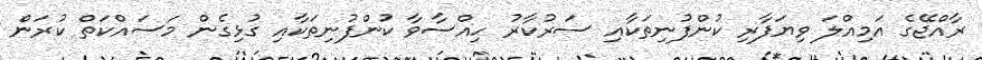
ރާއްޖޭގެ އަމިއްލަ ވިޔަފާރި ކުންފުނިތަކާއި ސަރުކާރު ހިއްސާވާ ކުންފުނިތަކާއި ގުޅިގެން މަސައްކަތް ކުރަން